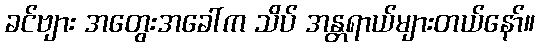
ခင်ဗျား အတွေးအခေါ်က သိပ် အန္တရာယ်များတယ်နော်။